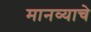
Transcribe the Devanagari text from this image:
मानव्याचे